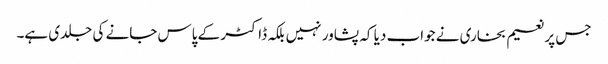
جس پر نعیم بخاری نے جواب دیا کہ پشاور نہیں بلکہ ڈاکٹر کے پاس جانے کی جلدی ہے۔